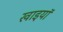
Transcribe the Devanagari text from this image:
खाइयॉ